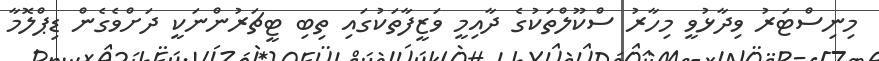
މިނިސްޓަރު ވިދާޅުވީ މިހާރު ސްކޫލްތަކުގެ ދާއިމީ ވަޒީފާތަކުގައި ތިބި ޓީޗަރުންނަކީ ދަށްވެގެން ޑިޕްލޮމާ